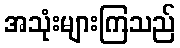
အသုံးများကြသည်